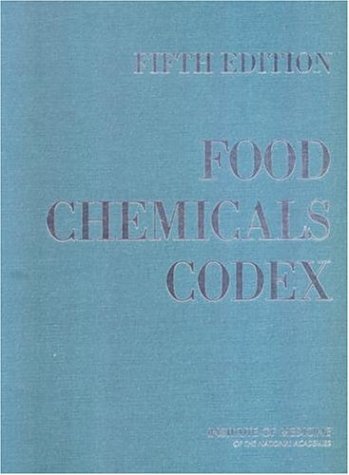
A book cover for Food Chemicals Codex:: Fifth Edition; Committee on Food Chemicals Codex; Health, Fitness & Dieting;